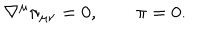
\nabla ^ { \mu } \pi _ { \mu \nu } = 0 , \qquad \pi = 0 .